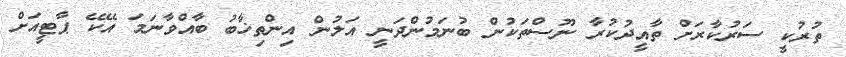
ތުރުކީ ސަރުކާރަށް ތާއީދުކުރާ ނޫސްތަކުން ބުނަމުންދަނީ އަލުން އިންތިޚާބު ބާއްވާނަމަ އޭކޭ ޕާޓީއަށް